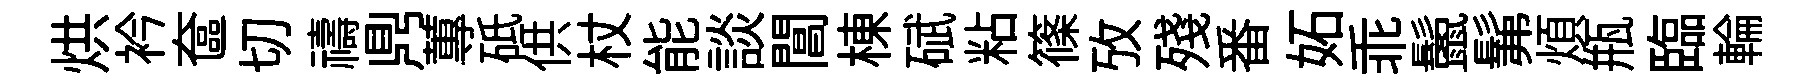
烘衿奩切禱𪔂蓴砥供杖能談閶棟碔粘篠攷殘番妬乖鬛髴煩瓶臨輪